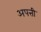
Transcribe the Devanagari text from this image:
अपत्ती